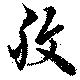
腹